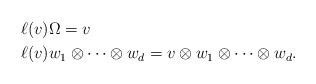
LaTeX: \begin{align*}\ell(v)& \Omega = v\\\ell(v)& w_1\otimes\cdots \otimes w_d = v\otimes w_1 \otimes \cdots \otimes w_d.\end{align*}